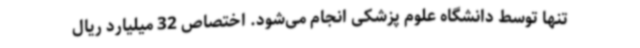
تنها توسط دانشگاه علوم پزشکی انجام می‌شود. اختصاص 32 میلیارد ریال